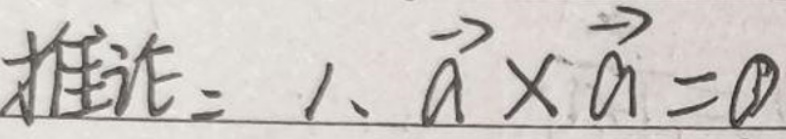
证明：1、\(\vec{a} \times \vec{a} = 0\)